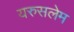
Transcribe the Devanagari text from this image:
यरुसलेम